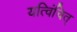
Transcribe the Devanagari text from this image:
यत्विंचित्